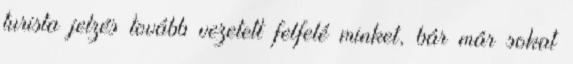
turista jelzés tovább vezetett felfelé minket, bár már sokat